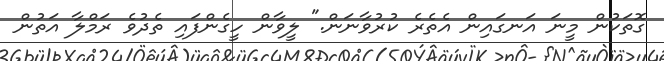
ގޮތަކުން މީނަ އަނގައިން އެތެރެ ކުރުވާނަން." ލީވާން ހީގެންފައި ތެދުވެ ރަމްލާ އަތުން